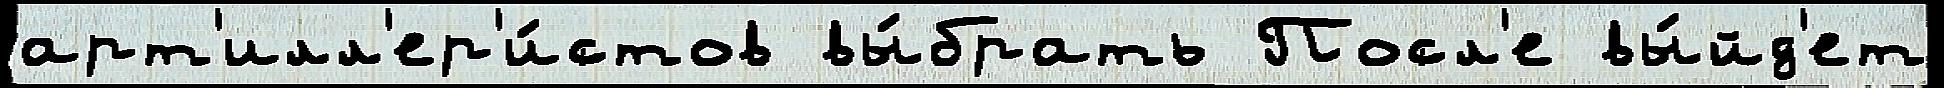
арт'илл'ер'и́стов вы́брать Посл'е вы́йд'ет